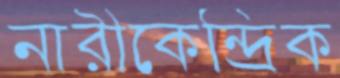
নারীকেন্দ্রিক